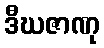
ဒီဃဇာဏု